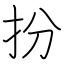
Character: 扮